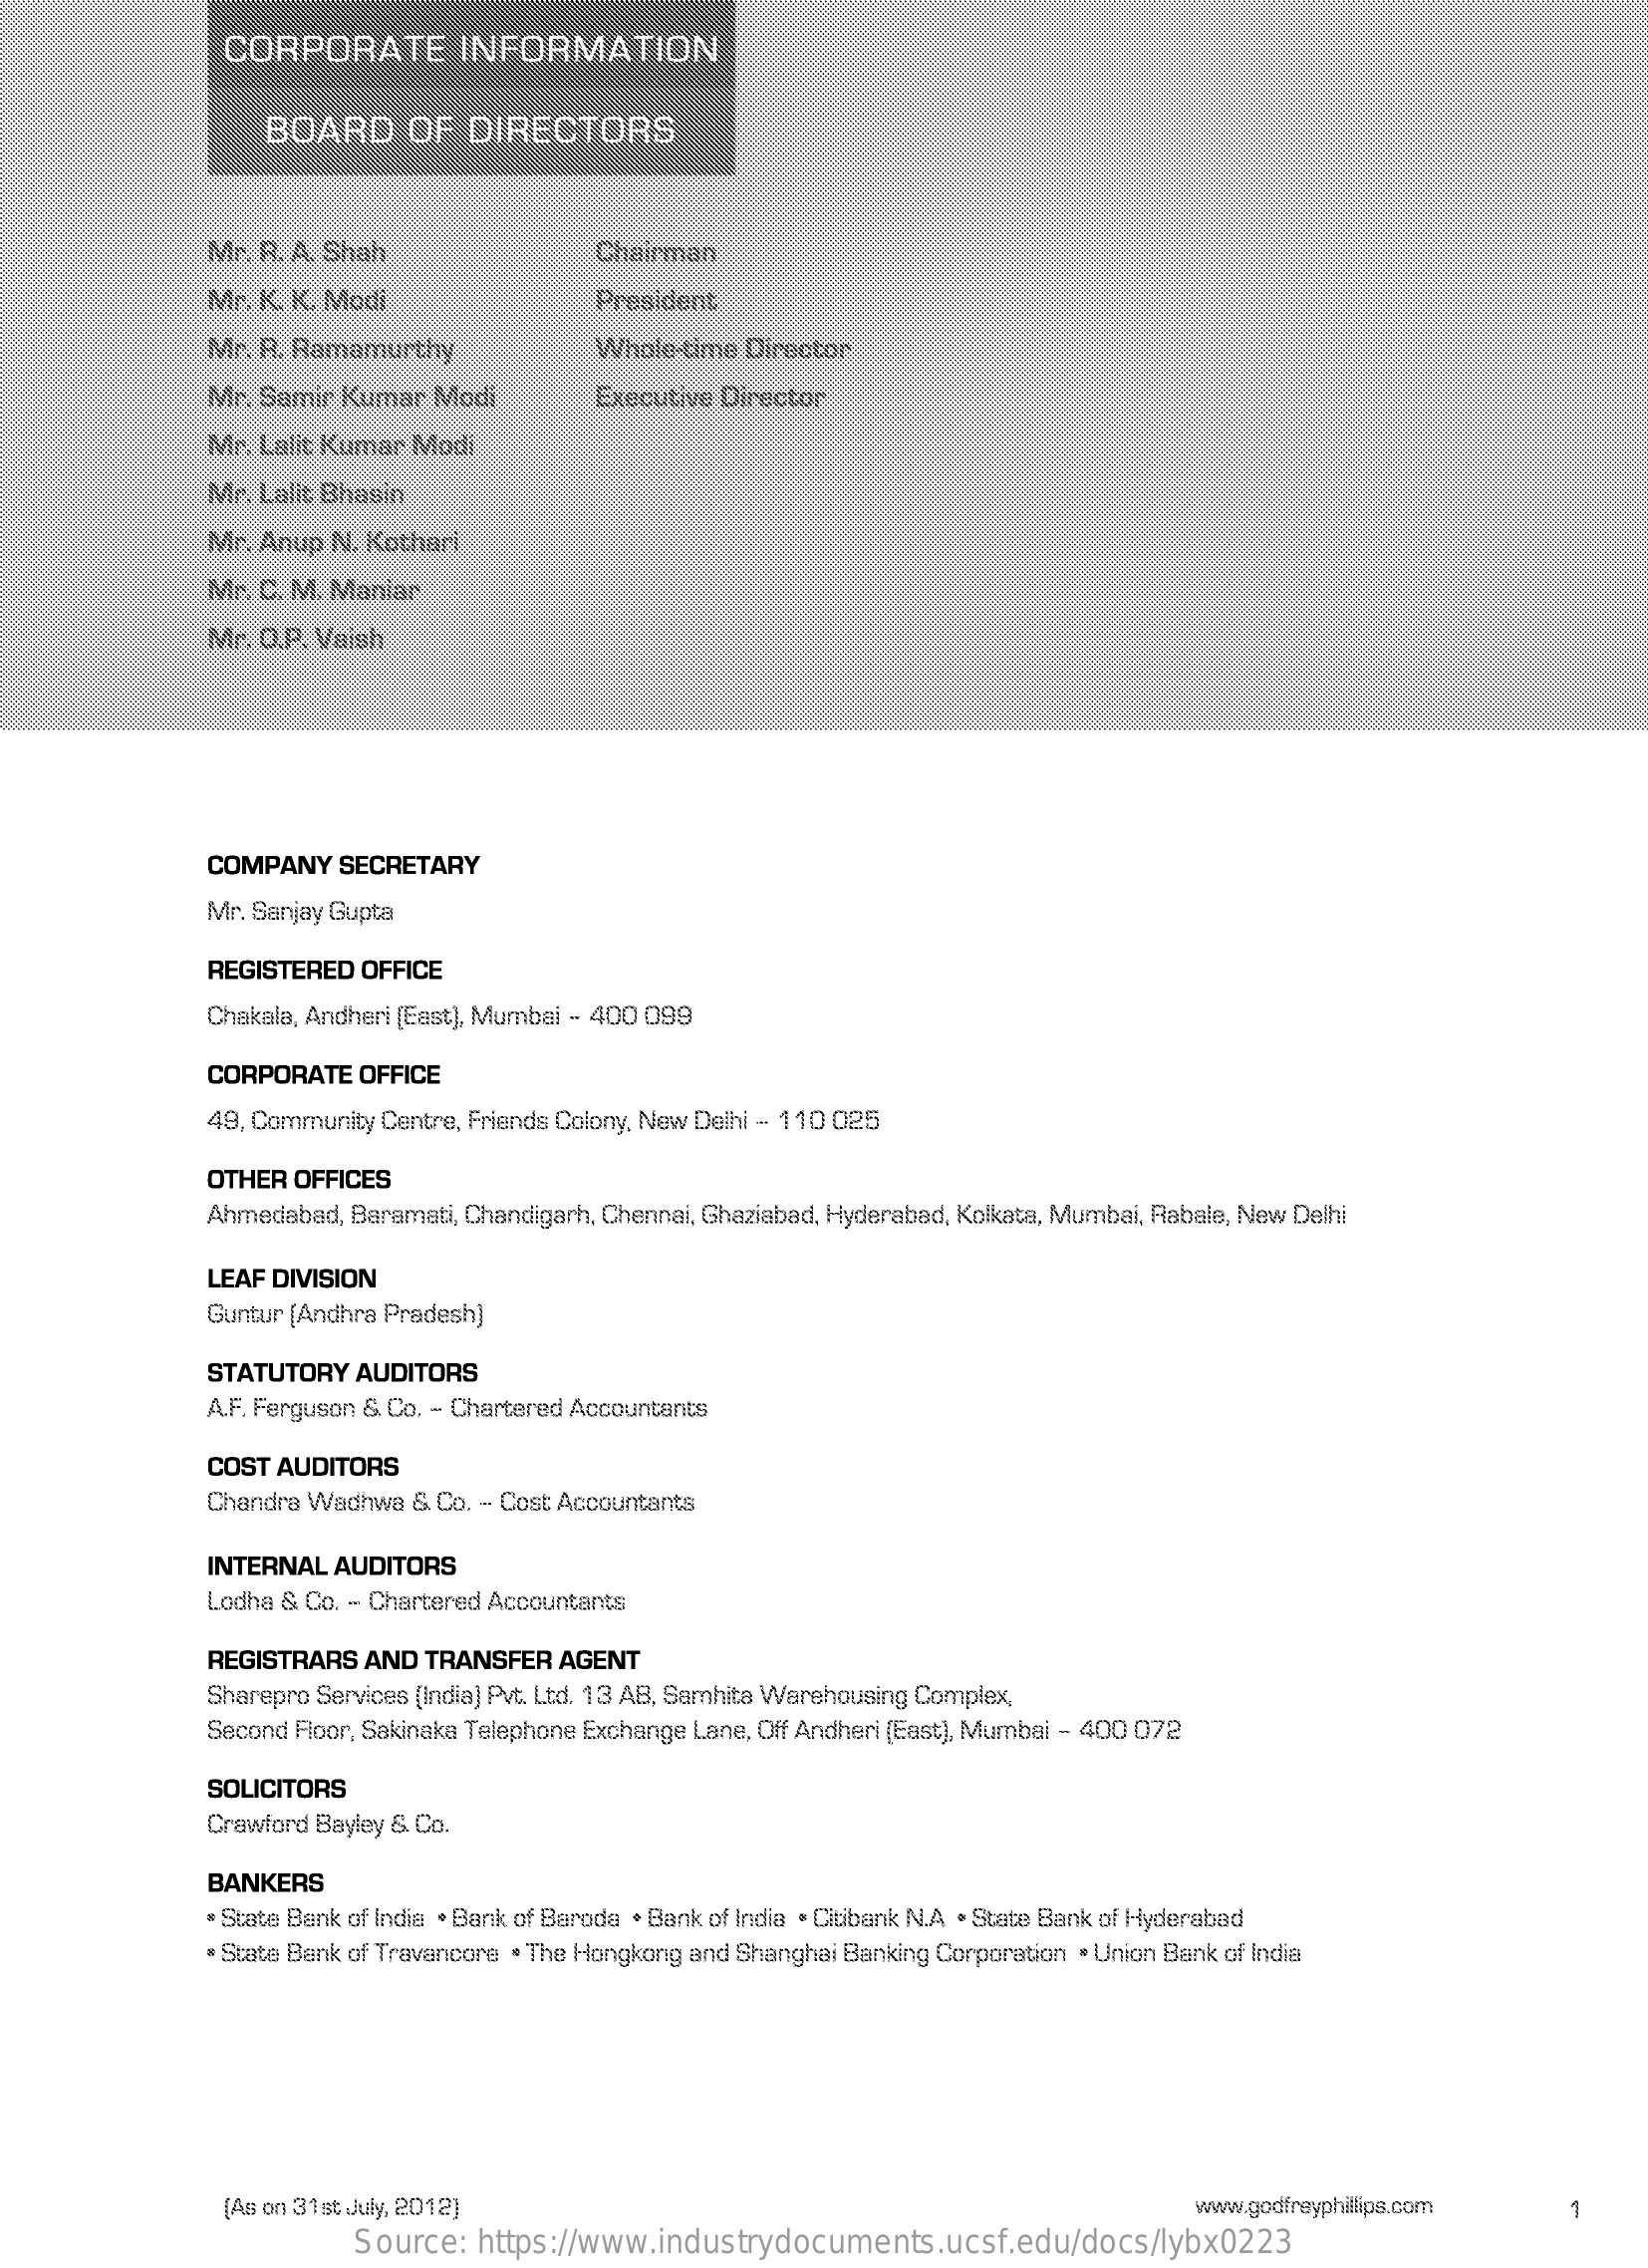
CORPORATE    INFORMATION
     BOARD    OF   DIRECTORS
     Mr. R. A. Shah    Chairman
     Mr. K. K. Modi    President
     Mr. R. Ramamurthy    Whole-time Director
     Mr. Samir Kumar  Modi    Executive Director
     Mr. Lalic Kumar Modi
     Mr. Lalit Bhasin
     Mr. Anup N. Kothari
     Mr. C. M. Maniar
     Mr. O.P. Vaish
     COMPANY   SECRETARY
     Mr. Sanjay Gupta
     REGISTERED  OFFICE
     Chakala, Andheri [East), Mumbai - 400 099
     CORPORATE   OFFICE
     49, Community Centre, Friends Colony, New Delhi - 110 025
     OTHER  OFFICES
     Ahmedabad, Baramati, Chandigarh, Chennai, Ghaziabad, Hyderabad, Kolkata, Mumbai, Rabale, New Delhi
     LEAF DIVISION
     Guntur [Andhra Pradesh)
     STATUTORY  AUDITORS
     A.F. Ferguson & Co. - Chartered Accountants
     COST AUDITORS
     Chandra Wadhwa  & Co. - Cost Accountants
     INTERNAL  AUDITORS
     Lodha & Co. - Chartered Accountants
     REGISTRARS  AND  TRANSFER  AGENT
     Sharepro Services (India) Pvt. Ltd. 13 AB, Samhita Warehousing Complex,
     Second Floor, Sakinaka Telephone Exchange Lane, Off Andheri (East), Mumbai - 400 072
     SOLICITORS
     Crawford Bayley & Co.
     BANKERS
     · State Bank of India . Bank of Baroda · Bank of India . Citibank N.A . State Bank of Hyderabad
     . State Bank of Travancore . The Hongkong and Shanghai Banking Corporation . Union Bank of India
     (As on 31st July, 2012)    www.godfreyphillips.com
     Source:  https://www.industrydocuments.ucsf.edu/docs/lybx0223